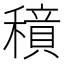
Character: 𱶤